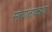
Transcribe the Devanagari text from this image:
सत्वातावन्नवा